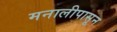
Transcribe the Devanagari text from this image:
मनालीपासून